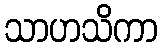
သာဟသိကာ